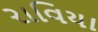
રાવિયા